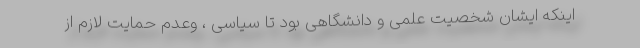
اینکه ایشان شخصیت علمی و دانشگاهی بود تا سیاسی ، وعدم حمایت لازم از